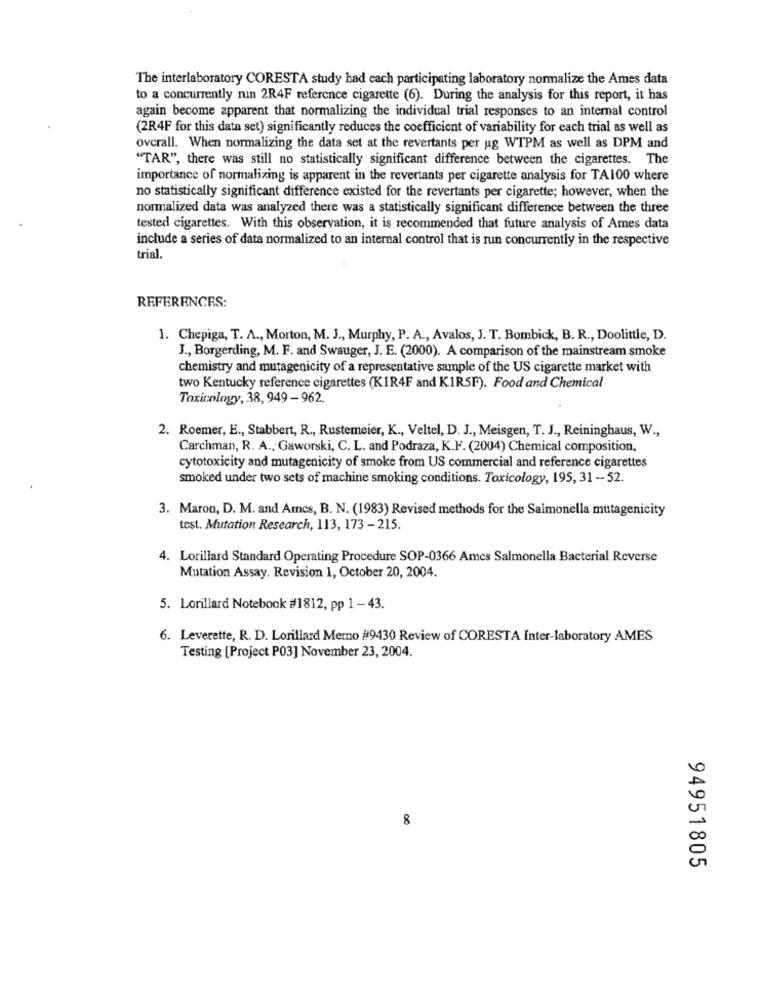
The interlaboratory CORESTA study had each participating laboratory normalize the Ames data
to a concurrently nin 2R4F reference cigarette (6). During the analysis for this report, it has
again become apparent that normalizing the individual trial responses to an internal control
(2R4F for this data set) significantly reduces the coefficient of variability for each trial as well as
overall. When normalizing the data set at the revertants per ug WTPM as well as DPM and
"TAR", there was still no statistically significant difference between the cigarettes. The
importance of normalizing is apparent in the revertants per cigarette analysis for TA100 where
no statistically significant difference existed for the revertants per cigarette; however, when the
normalized data was analyzed there was a statistically significant difference between the three
tested cigarettes. With this observation, it is recommended that future analysis of Ames data
include a series of data normalized to an internal control that is run concurrently in the respective
trial
REFERENCES:
1. Chepiga, T. A ., Morton, M. J ., Murphy, P. A ., Avalos, J. T. Bombick, B. R ., Doolittle, D.
J ., Borgerding, M. F. and Swauger, J. E. (2000). A comparison of the mainstream smoke
chemistry and mutagenicity of a representative sample of the US cigarette market with
two Kentucky reference cigarettes (KIR4F and KIR5F). Food and Chemical
Toxicology, 38, 949 - 962.
2. Roemer, E ., Stabbert, R ., Rustemeier, K ., Veltel, D. J ., Meisgen, T. J ., Reininghaus, W .,
Carchman, R. A ., Gaworski, C. L. and Podraza, K.F. (2004) Chemical composition,
cytotoxicity and mutagenicity of smoke from US commercial and reference cigarettes
smoked under two sets of machine smoking conditions. Toxicology, 195, 31 - 52.
3. Maron, D. M. and Ames, B. N. (1983) Revised methods for the Salmonella mutagenicity
test. Mutation Research, 113, 173 - 215.
4. Lorillard Standard Operating Procedure SOP-0366 Ames Salmonella Bacterial Reverse
Mutation Assay. Revision 1, October 20, 2004.
5. Lorillard Notebook #1812, pp 1- 43.
6. Leverette, R. D. Lorillard Memo #9430 Review of CORESTA Inter-laboratory AMES
Testing [Project P03] November 23, 2004.
8
94951805